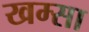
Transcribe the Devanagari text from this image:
खम्सा